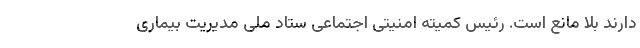
دارند بلا مانع است. رئیس کمیته امنیتی اجتماعی ستاد ملی مدیریت بیماری